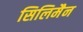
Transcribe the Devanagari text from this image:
सिलिमैन